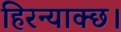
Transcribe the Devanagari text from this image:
हिरन्याक्छ।